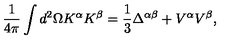
\frac { 1 } { 4 \pi } \int d ^ { 2 } \Omega K ^ { \alpha } K ^ { \beta } = \frac { 1 } { 3 } \Delta ^ { \alpha \beta } + V ^ { \alpha } V ^ { \beta } ,